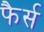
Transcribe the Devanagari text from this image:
फैर्स